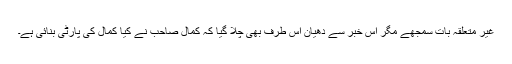
غیر متعلقہ بات سمجھے مگر اس خبر سے دھیان اس طرف بھی چلا گیا کہ کمال صاحب نے کیا کمال کی پارٹی بنائی ہے۔